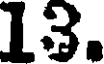
13.